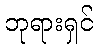
ဘုရားရှင်